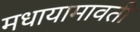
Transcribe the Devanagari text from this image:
मधायामावती